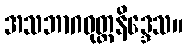
အသဘာဂဝုတ္တနိဒ္ဒေသ။